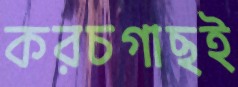
করচগাছই